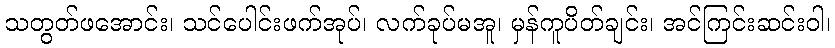
သတွတ်ဖအောင်း၊ သင်ပေါင်းဖက်အုပ်၊ လက်ခုပ်မအူ၊ မှန်ကူပိတ်ချင်း၊ အင်ကြင်းဆင်းဝါ၊